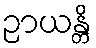
ဉာယန္တိ